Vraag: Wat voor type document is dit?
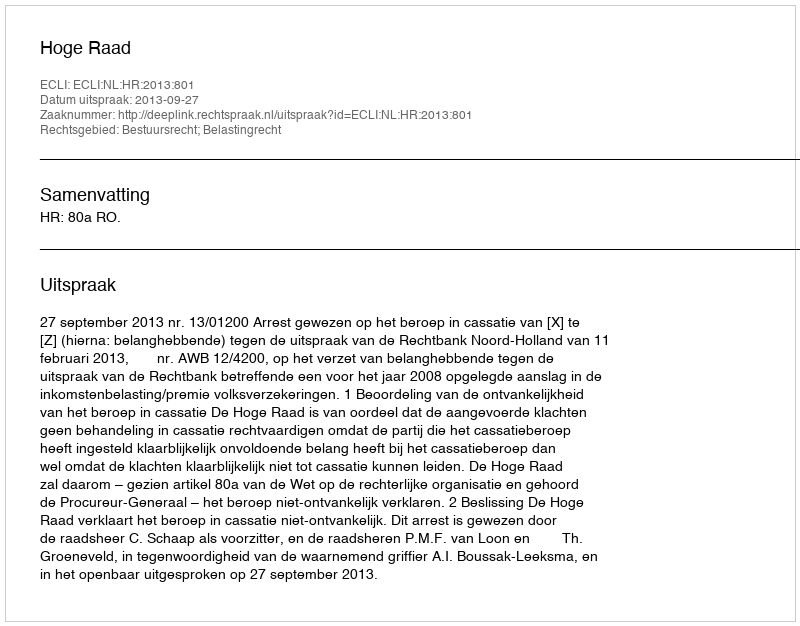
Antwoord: Uitspraak